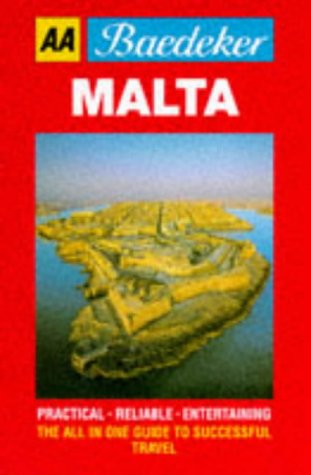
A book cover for Baedeker's Malta (AA Baedeker's); unknown; Travel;